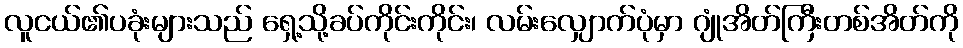
လူငယ်၏ပခုံးများသည် ရှေ့သို့ခပ်ကိုင်းကိုင်း၊ လမ်းလျှောက်ပုံမှာ ဂျုံအိတ်ကြီးတစ်အိတ်ကို